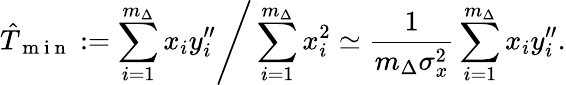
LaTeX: \hat{T}_{\mathrm{~m~i~n~}}:=\left.\sum_{i=1}^{m_{\Delta}}x_{i}y_{i}^{\prime\prime}\right/\sum_{i=1}^{m_{\Delta}}x_{i}^{2}\simeq\frac{1}{m_{\Delta}\sigma_{x}^{2}}\sum_{i=1}^{m_{\Delta}}x_{i}y_{i}^{\prime\prime}.